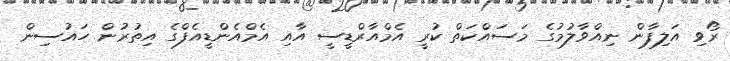
ރޯވި އަލިފާން ނިއްވާލުމުގެ މަސައްކަތް ކުރީ އެމްއާރްޑީސީ އާއި އެމްއެންޑީއެފްގެ އިތުރުން ހައުސިން